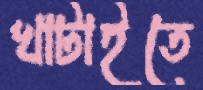
খাটাইতে